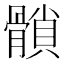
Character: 𩪈